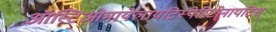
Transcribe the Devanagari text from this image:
ऑस्टिओमायेलायटिस्पेरिटोनायटिस्